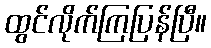
ထွင်လိုက်ကြပြန်ပြီ။